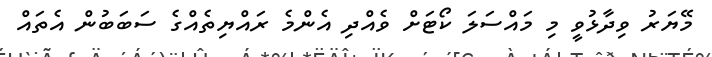
މޭޔަރު ވިދާޅުވީ މި މައްސަލަ ކޯޓަށް ވެއްދި އެންމެ ރައްޔިތެއްގެ ސަބަބުން އެތައް